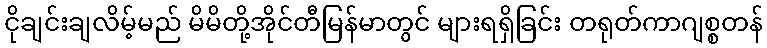
ငိုချင်းချလိမ့်မည် မိမိတို့အိုင်တီမြန်မာတွင် များရရှိခြင်း တရုတ်ကာဂျစ္စတန်